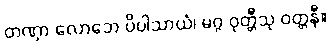
တဏှာ လောဘေ ပိပါသာယံ၊ မဂ္ဂ ဝုတ္တီသု ဝတ္တနီ။